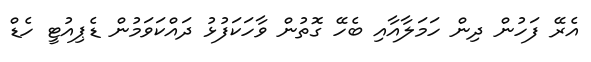
އެރޭ ފަހުން ދިން ހަމަލާއާއި ބެހޭ ގޮތުން ވާހަކަފުޅު ދައްކަވަމުން ޑެޕިއުޓީ ހެޑް